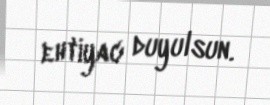
ehtiyac duyulsun.